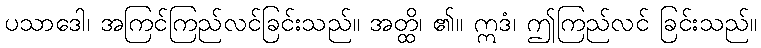
ပသာဒေါ၊ အကြင်ကြည်လင်ခြင်းသည်။ အတ္ထိ၊ ၏။ ဣဒံ၊ ဤကြည်လင် ခြင်းသည်။